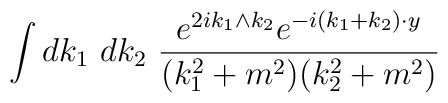
\int dk_1\ dk_2\ \frac{e^{2ik_1\wedge k_2}e^{-i(k_1+k_2)\cdot y}}{(k_1^2+m^2)(k_2^2+m^2)}